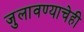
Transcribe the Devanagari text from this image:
जुलावण्याचेही